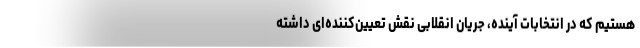
هستیم که در انتخابات آینده، جریان انقلابی نقش تعیین‌کننده‌ای داشته